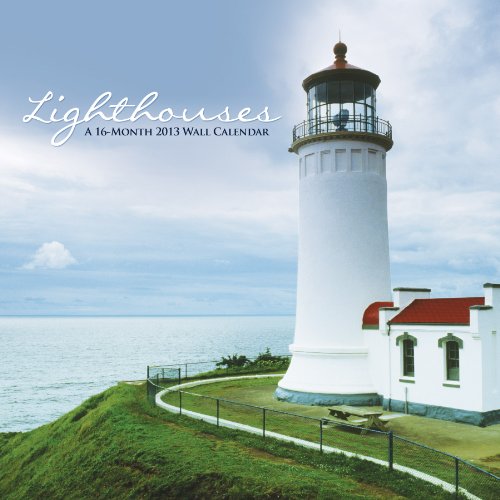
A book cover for Lighthouses 2013 Wall Calendar; DateWorks; Calendars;